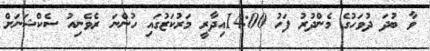
ވާ ބުދަ ދުވަހުގެ މެންދުރު ފަހު 14:00އިދާރީ މަރުކަޒުގައި ހުންނަ ރެވެނިއު ސެކްޝަނަށް